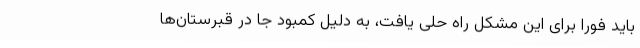
باید فورا برای این مشکل راه حلی یافت، به دلیل کمبود جا در قبرستان‌ها